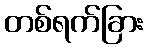
တစ်ရက်ခြား